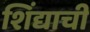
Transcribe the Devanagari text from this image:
शिंद्याची